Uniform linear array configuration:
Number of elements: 64
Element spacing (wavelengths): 0.5
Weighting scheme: cosine
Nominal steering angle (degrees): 30
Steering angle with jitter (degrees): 31.237
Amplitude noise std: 0.05
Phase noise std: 0.05

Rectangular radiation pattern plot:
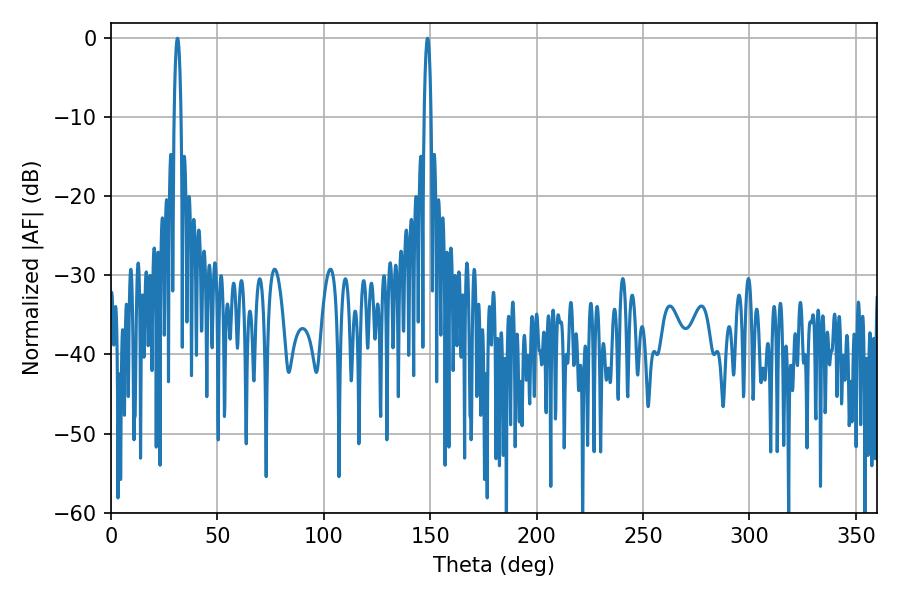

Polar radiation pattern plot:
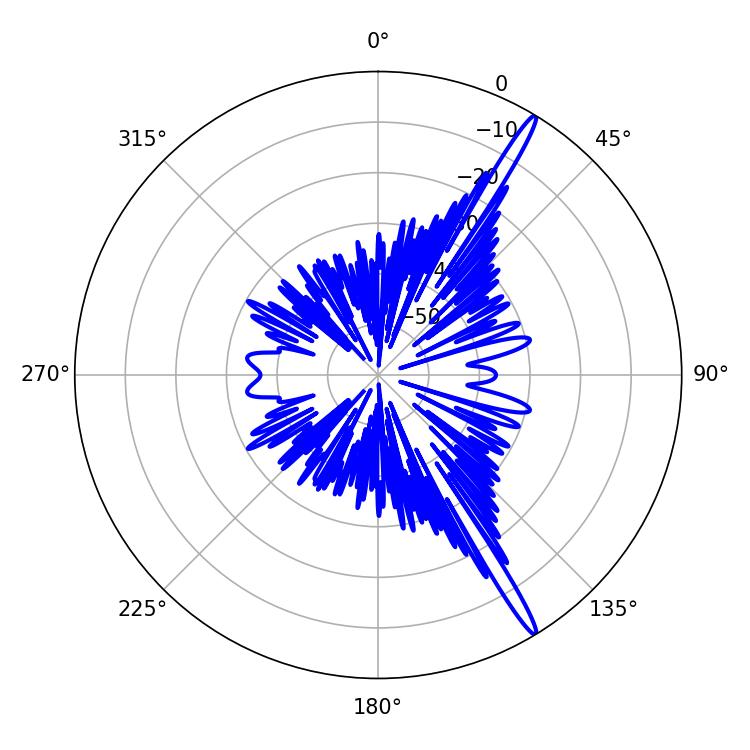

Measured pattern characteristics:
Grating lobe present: FALSE
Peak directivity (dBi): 17.165
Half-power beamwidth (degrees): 1.8
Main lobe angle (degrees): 148.68